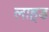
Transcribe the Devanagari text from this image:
लाहूड